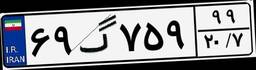
۷۰گ۵۳۵۰۲